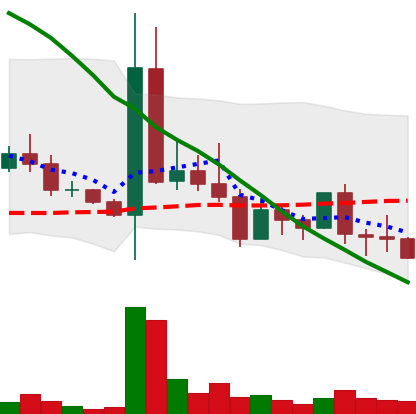
Ticker: DOGE-USD
Chart end date: 2022-05-08
Forward return: -28.884%
Label: down_7plus